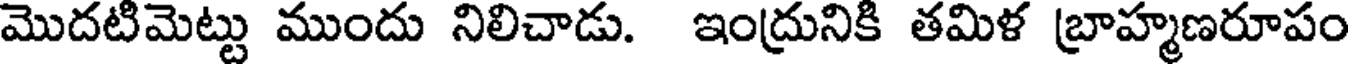
మొదటిమెట్టు ముందు నిలిచాడు. ఇంద్రునికి తమిళ బ్రాహ్మణరూపం